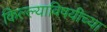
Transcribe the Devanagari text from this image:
किल्ल्याविषयीच्या